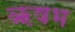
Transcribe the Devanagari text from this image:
ॠषभ